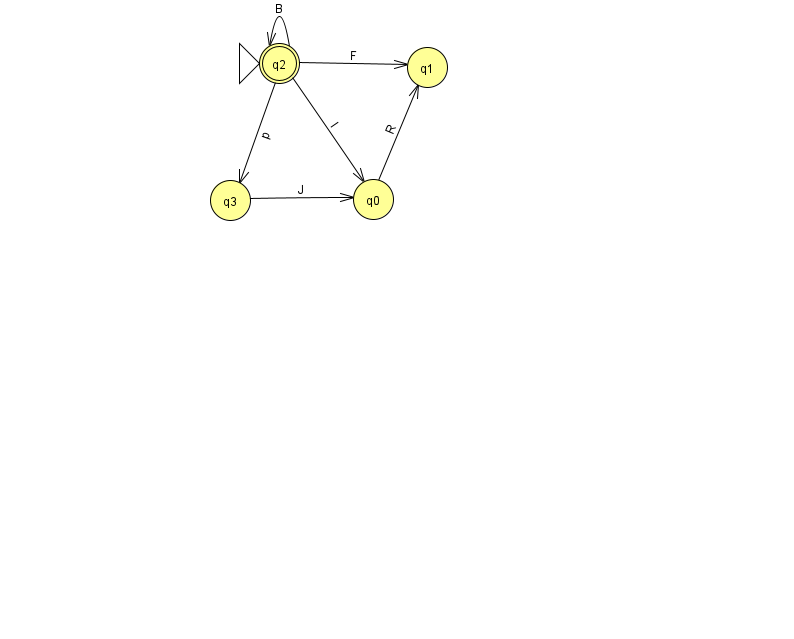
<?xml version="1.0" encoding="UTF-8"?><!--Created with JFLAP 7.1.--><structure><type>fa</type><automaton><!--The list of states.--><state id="0" name="q0"><x>373.0</x><y>186.0</y></state><state id="1" name="q1"><x>427.0</x><y>54.0</y></state><state id="2" name="q2"><x>279.0</x><y>50.0</y><initial/><final/></state><state id="3" name="q3"><x>230.0</x><y>187.0</y></state><!--The list of transitions.--><transition><from>2</from><to>0</to><read>l</read></transition><transition><from>2</from><to>2</to><read>B</read></transition><transition><from>0</from><to>1</to><read>R</read></transition><transition><from>3</from><to>0</to><read>J</read></transition><transition><from>2</from><to>1</to><read>F</read></transition><transition><from>2</from><to>3</to><read>p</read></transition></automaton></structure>